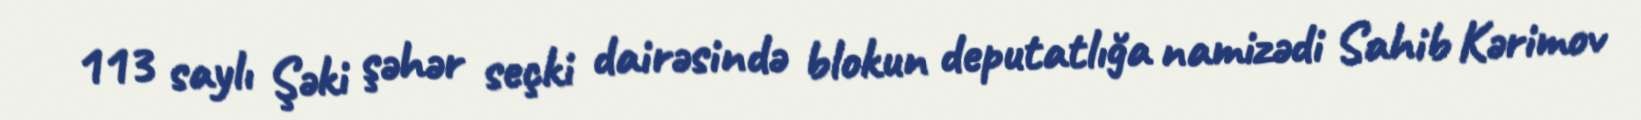
113 saylı Şəki şəhər seçki dairəsində blokun deputatlığa namizədi Sahib Kərimov